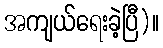
အကျယ်ရေးခဲ့ပြီ)။